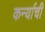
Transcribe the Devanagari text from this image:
कर्न्याची